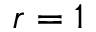
r = 1